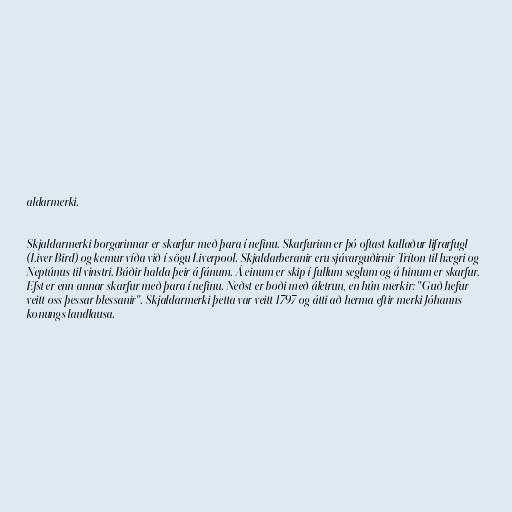
aldarmerki.

Skjaldarmerki borgarinnar er skarfur með þara í nefinu. Skarfurinn er þó oftast kallaður lifrarfugl
(Liver Bird) og kemur víða við í sögu Liverpool. Skjaldarberanir eru sjávarguðirnir Tríton til hægri og
Neptúnus til vinstri. Báðir halda þeir á fánum. Á einum er skip í fullum seglum og á hinum er skarfur.
Efst er enn annar skarfur með þara í nefinu. Neðst er boði með áletrun, en hún merkir: "Guð hefur
veitt oss þessar blessanir". Skjaldarmerki þetta var veitt 1797 og átti að herma eftir merki Jóhanns
konungs landlausa.